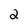
Character: 2